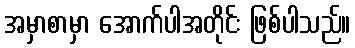
အမှာစာမှာ အောက်ပါအတိုင်း ဖြစ်ပါသည်။